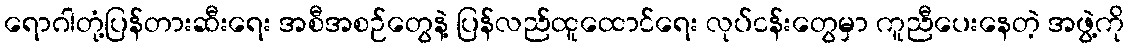
ရောဂါတုံ့ပြန်တားဆီးရေး အစီအစဉ်တွေနဲ့ ပြန်လည်ထူထောင်ရေး လုပ်ငန်းတွေမှာ ကူညီပေးနေတဲ့ အဖွဲ့ကို